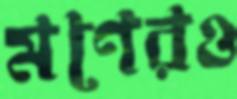
মণেরও